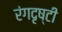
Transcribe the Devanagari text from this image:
रंगदृष्टी